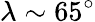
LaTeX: \lambda\sim 65^{\circ}